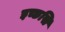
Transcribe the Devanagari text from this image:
इच्छसि